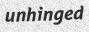
unhinged